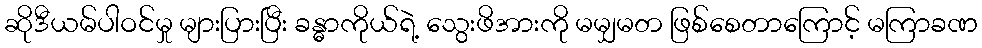
ဆိုဒီယမ်ပါဝင်မှု များပြားပြီး ခန္ဓာကိုယ်ရဲ့ သွေးဖိအားကို မမျှမတ ဖြစ်စေတာကြောင့် မကြာခဏ